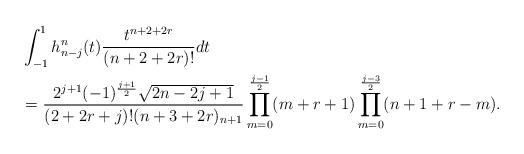
LaTeX: \begin{align*}&\int_{-1}^1 h^n_{n-j}(t)\frac{t^{n+2+2r}}{(n+2+2r)!} dt\\&=\frac{2^{j+1}(-1)^{\frac{j+1}{2}}\sqrt{2n-2j+1}}{(2+2r+j)!(n+3+2r)_{n+1}}\prod_{m=0}^{\frac{j-1}{2}}(m+r+1)\prod_{m=0}^{\frac{j-3}{2}}(n+1+r-m).\end{align*}